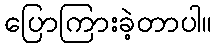
ပြောကြားခဲ့တာပါ။